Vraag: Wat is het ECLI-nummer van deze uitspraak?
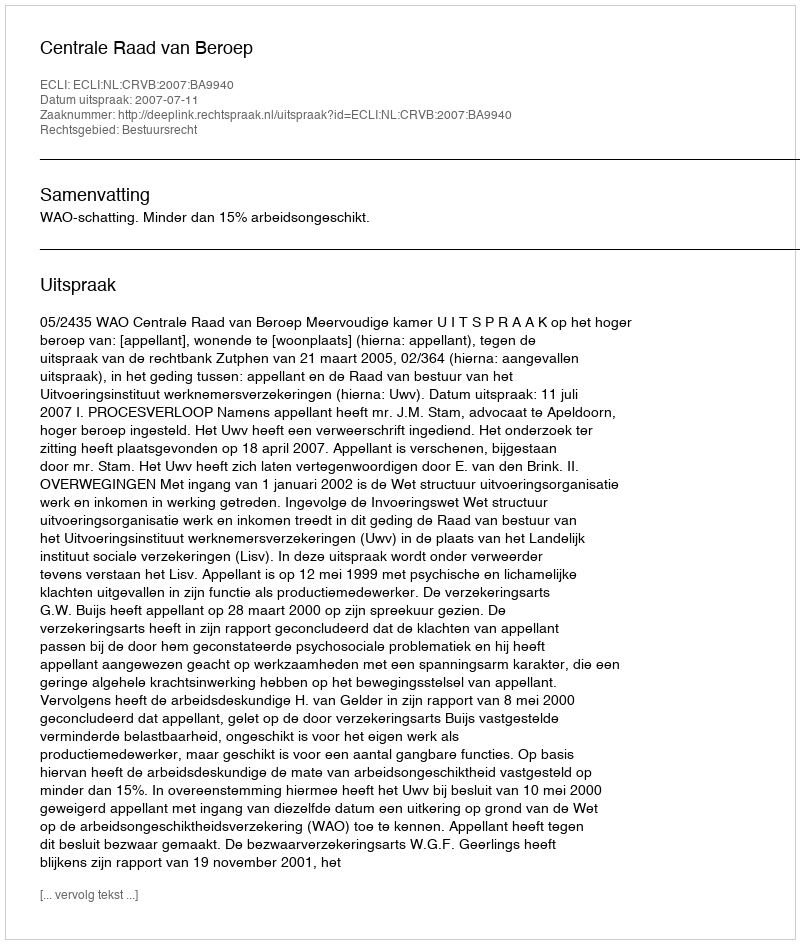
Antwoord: ECLI:NL:CRVB:2007:BA9940